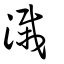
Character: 溨